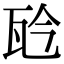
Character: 𤬯